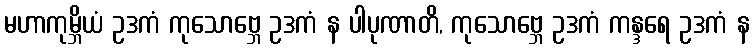
မဟာကုမ္ဘိယံ ဥဒကံ ကုသောဗ္ဘေ ဥဒကံ န ပါပုဏာတိ, ကုသောဗ္ဘေ ဥဒကံ ကန္ဒရေ ဥဒကံ န